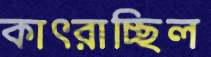
কাৎরাচ্ছিল